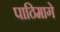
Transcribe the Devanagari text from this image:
पाठिमागे